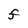
Character: F